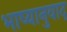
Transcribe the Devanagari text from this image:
भाष्यानुवाद